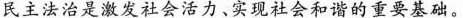
民主法治是激发社会活力、实现社会和谐的重要基础。